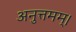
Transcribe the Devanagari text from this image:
अनुत्तमम्‌।